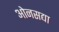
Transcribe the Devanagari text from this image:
ओनसद्या